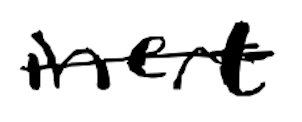
Text: inert
Cross-out: single-line
Writing tool: digital_black